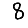
Digit: 8